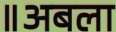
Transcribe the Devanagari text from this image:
॥अबला